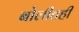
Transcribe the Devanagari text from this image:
बोलीतही